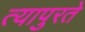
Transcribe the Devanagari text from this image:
त्यापुरते